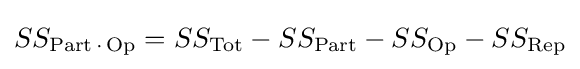
SS_{{\text{Part}}\,\cdot \,{\text{Op}}}=SS_{\text{Tot}}-SS_{\text{Part}}-SS_{\text{Op}}-SS_{\text{Rep}}